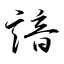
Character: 諳